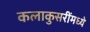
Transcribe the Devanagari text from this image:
कलाकुसरींमध्ये